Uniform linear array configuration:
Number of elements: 24
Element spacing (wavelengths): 0.75
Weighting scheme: binomial
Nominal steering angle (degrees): -60
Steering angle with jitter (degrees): -60.021
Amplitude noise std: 0.05
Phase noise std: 0.05

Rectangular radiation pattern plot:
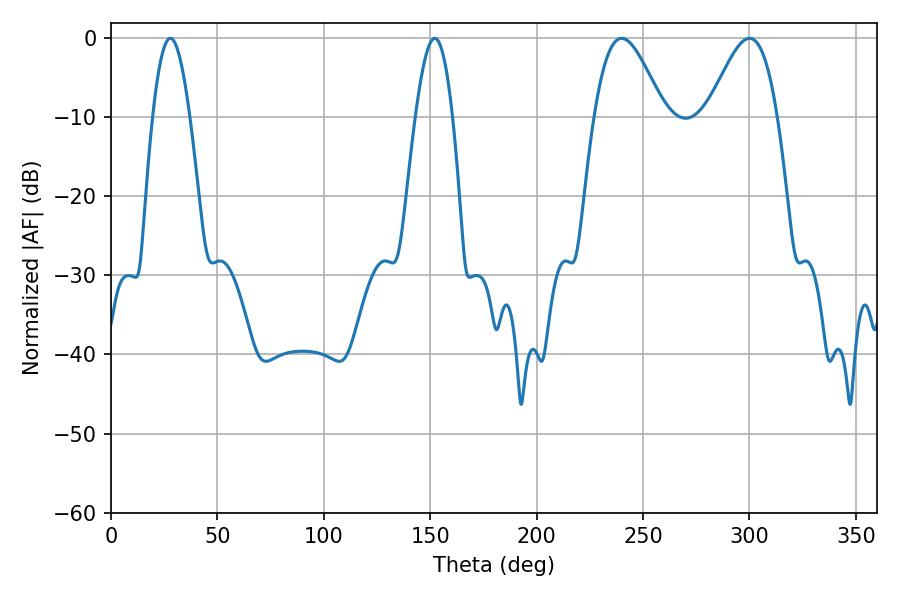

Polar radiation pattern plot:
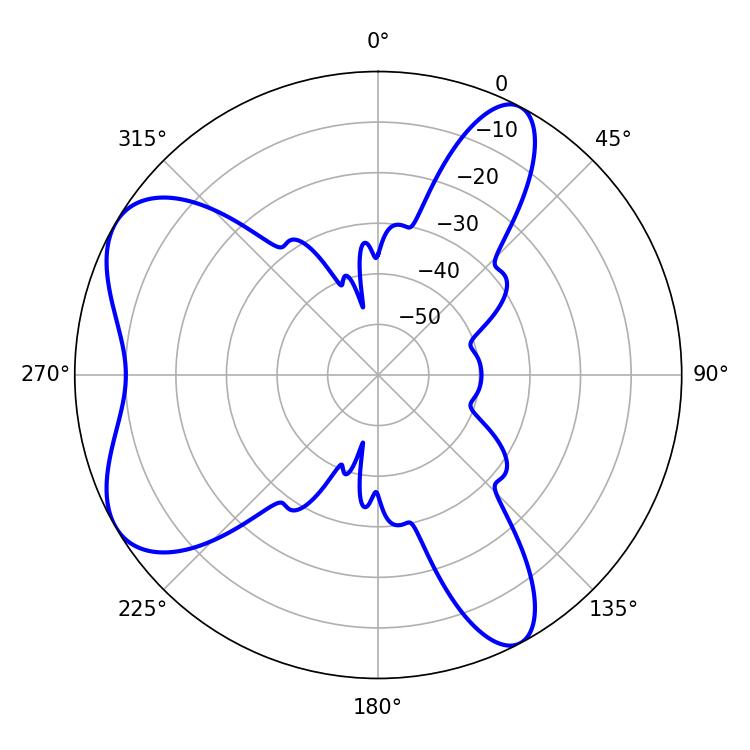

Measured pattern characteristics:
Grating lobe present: TRUE
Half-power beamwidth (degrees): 17.46
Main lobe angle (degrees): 239.94